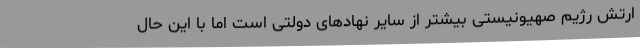
ارتش رژیم صهیونیستی بیشتر از سایر نهادهای دولتی است اما با این حال